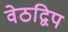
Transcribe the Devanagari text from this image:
वेठद्विप